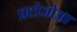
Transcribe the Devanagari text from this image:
प्रटोजोआ